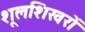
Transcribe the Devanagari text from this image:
शूलशिखरों